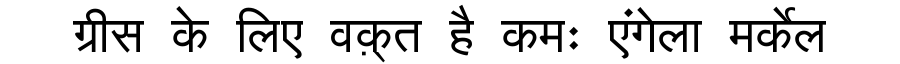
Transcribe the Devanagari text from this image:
ग्रीस के लिए वक़्त है कमः एंगेला मर्केल